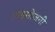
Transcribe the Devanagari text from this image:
लाइसोजनी